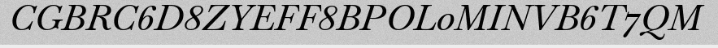
CGBRC6D8ZYEFF8BPOL0MINVB6T7QM